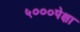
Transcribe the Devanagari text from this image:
५०००पेक्षा